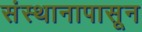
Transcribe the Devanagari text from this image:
संस्थानापासून